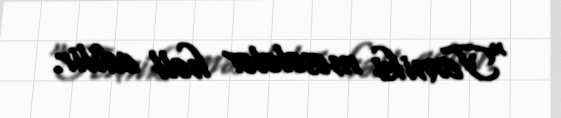
“Texniki məsələlər həll edilir.